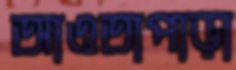
আওতাপাড়া